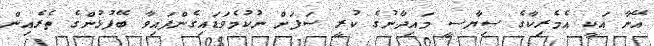
އޭނާ އަކީ އެމެރިކާގެ ސިޔާސީ މައިދާނުގެ ކުރީ ސަފަށް ނުކުމެވަޑައިގެންފައިވާ ބޭފުޅުންގެ ތެރެއިން